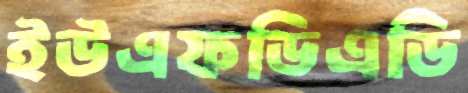
ইউএফডিএডি